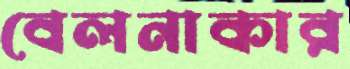
বেলনাকার